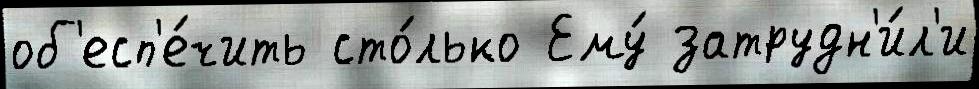
об'есп'е́чить сто́лько Ему́ затрудн'и́л'и